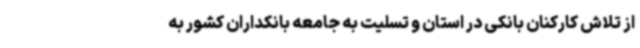
از تلاش کارکنان بانکی در استان و تسلیت به جامعه بانکداران کشور به